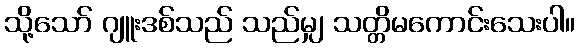
သို့သော် ဂျူးဒစ်သည် သည်မျှ သတ္တိမကောင်းသေးပါ။